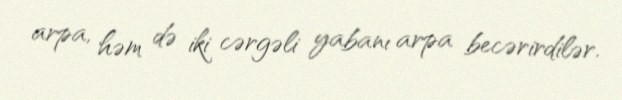
arpa, həm də iki cərgəli yabanı arpa becərirdilər.